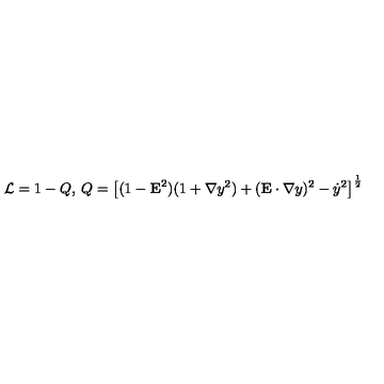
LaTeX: { \cal L } = 1 - Q , \: Q = \left[ ( 1 - { \bf E } ^ { 2 } ) ( 1 + { \bf \nabla } y ^ { 2 } ) + ( { \bf E } \cdot { \bf \nabla } y ) ^ { 2 } - { \dot { y } } ^ { 2 } \right] ^ { \frac { 1 } { 2 } }